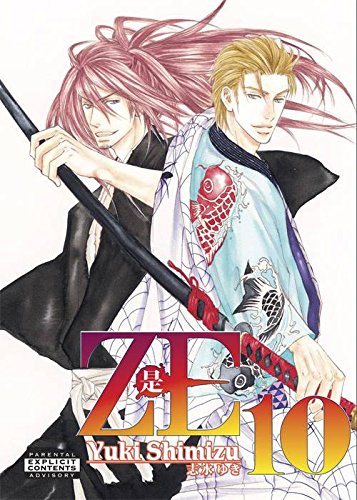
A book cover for ZE, Volume 10; Yuki Shimizu; Comics & Graphic Novels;